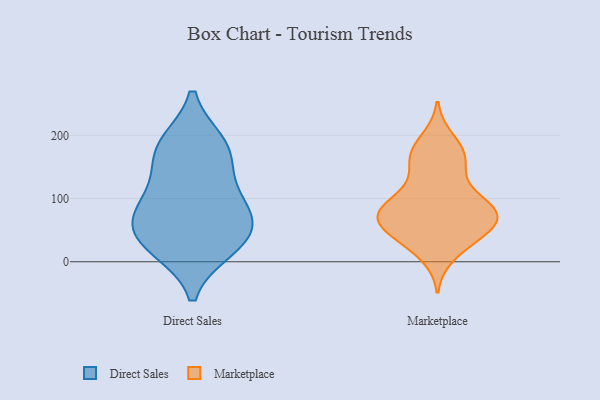
{"axis": {"x": "Temperature (°C)", "y": "Value"}, "legend": ["Direct Sales", "Marketplace"], "data": [{"x": "", "y": 185, "type": "Direct Sales"}, {"x": "", "y": 130, "type": "Direct Sales"}, {"x": "", "y": 43, "type": "Direct Sales"}, {"x": "", "y": 21, "type": "Direct Sales"}, {"x": "", "y": 168, "type": "Direct Sales"}, {"x": "", "y": 49, "type": "Direct Sales"}, {"x": "", "y": 187, "type": "Direct Sales"}, {"x": "", "y": 93, "type": "Direct Sales"}, {"x": "", "y": 79, "type": "Direct Sales"}, {"x": "", "y": 76, "type": "Direct Sales"}, {"x": "", "y": 23, "type": "Direct Sales"}, {"x": "", "y": 174, "type": "Marketplace"}, {"x": "", "y": 85, "type": "Marketplace"}, {"x": "", "y": 74, "type": "Marketplace"}, {"x": "", "y": 64, "type": "Marketplace"}, {"x": "", "y": 12, "type": "Marketplace"}, {"x": "", "y": 153, "type": "Marketplace"}, {"x": "", "y": 124, "type": "Marketplace"}, {"x": "", "y": 70, "type": "Marketplace"}, {"x": "", "y": 169, "type": "Marketplace"}, {"x": "", "y": 66, "type": "Marketplace"}, {"x": "", "y": 94, "type": "Marketplace"}, {"x": "", "y": 69, "type": "Marketplace"}, {"x": "", "y": 39, "type": "Marketplace"}, {"x": "", "y": 192, "type": "Marketplace"}, {"x": "", "y": 37, "type": "Marketplace"}, {"x": "", "y": 83, "type": "Marketplace"}, {"x": "", "y": 163, "type": "Marketplace"}, {"x": "", "y": 35, "type": "Marketplace"}, {"x": "", "y": 97, "type": "Marketplace"}, {"x": "", "y": 68, "type": "Marketplace"}]}